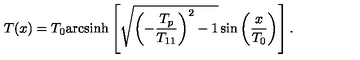
T ( x ) = T _ { 0 } \mathrm { a r c s i n h } \left[ \sqrt { \left( - \frac { T _ { p } } { T _ { 1 1 } } \right) ^ { 2 } - 1 } \sin \left( \frac { x } { T _ { 0 } } \right) \right] .